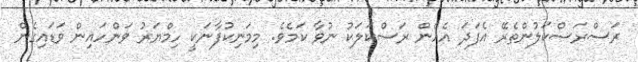
ރަސްރަސްކަލުންތެރޭ އެފަދަ އެހެން ރަސްކަލަކު ނުވާ ކަމެވެ. މިމަނިކުފާނަކީ ހިމްޔަރު ވަންހައިން ވަޑައިގެން